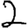
Digit: 2